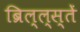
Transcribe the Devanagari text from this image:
ब्रिल्ल्स्तें